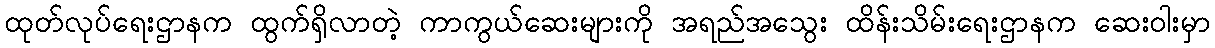
ထုတ်လုပ်ရေးဌာနက ထွက်ရှိလာတဲ့ ကာကွယ်ဆေးများကို အရည်အသွေး ထိန်းသိမ်းရေးဌာနက ဆေးဝါးမှာ